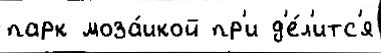
парк моза́икой пр'и д'е́л'итс'я